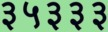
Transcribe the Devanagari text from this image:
३५३३३